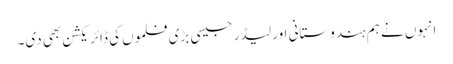
انہوں نے ہم ہندوستانی اور لیڈر جیسی بڑی فلموں کی ڈائریکشن بھی دی۔